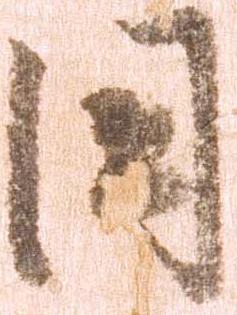
国